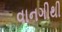
વાનગીથી